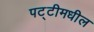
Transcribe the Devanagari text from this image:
पट्टीमधील